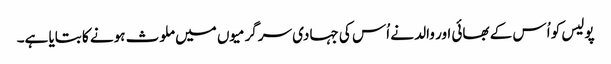
پولیس کو اُس کے بھائی اور والد نے اُس کی جہادی سرگرمیوں میں ملوث ہونے کا بتایا ہے۔